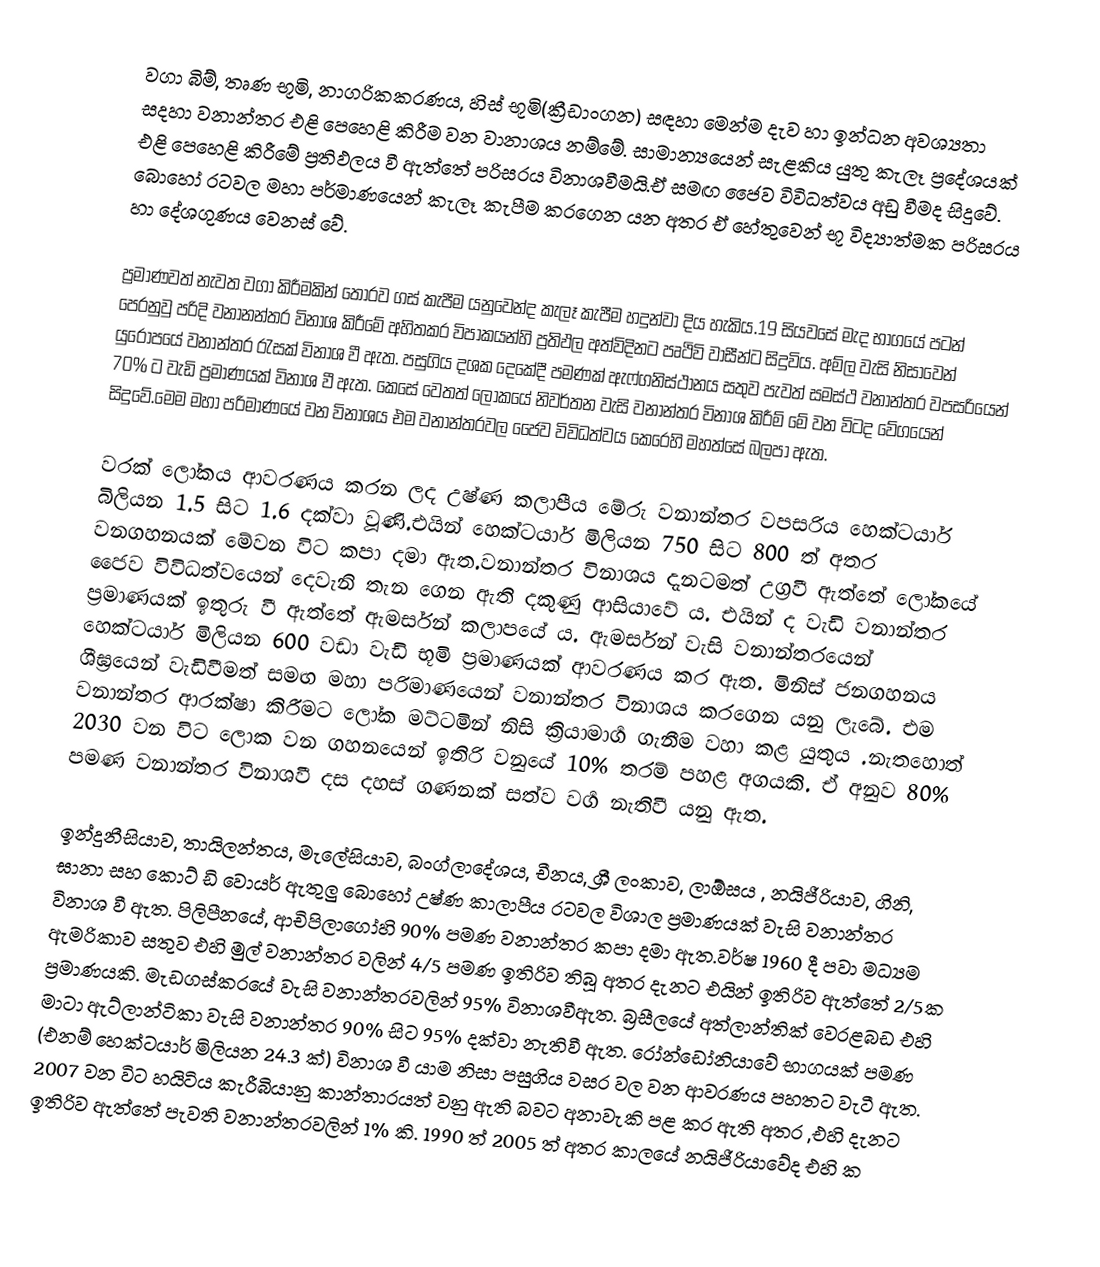
වගා බිම්, තෘණ භූමි, නාගරිකකරණය, හිස් භූමි(ක්‍රීඩාංගන) සඳහා මෙන්ම දැව හා ඉන්ධන අවශ්‍යතා සදහා  වනාන්තර එළි පෙහෙළි කිරීම  වන වානාශය නම්මේ. සාමාන්‍යයෙන් සැළකිය යුතු කැලෑ ප්‍රදේශයක් එළි පෙහෙළි කිරීමේ ප්‍රතිඵලය වී ඇත්තේ පරිසරය විනාශවීමයි.ඒ සමඟ ජෛව විවිධත්වය අඩු වීමද සිදුවේ. බොහෝ රටවල මහා පර්මාණයෙන් කැලෑ කැපීම කරගෙන යන අතර ඒ හේතුවෙන් භූ විද්‍යාත්මක පරිසරය හා දේශගුණය වෙනස් වේ.

ප්‍රමාණවත් නැවත වගා කිරීමකින් තොරව ගස් කැපීම යනුවෙන්ද කැලෑ කැපීම හදුන්වා දිය හැකිය.19 සියවසේ මැද භාගයේ පටන් පෙරනුවු පරිදි වනානන්තර විනාශ කිරීමේ අහිතකර විපාකයන්හි ප්‍රතිඵල අත්විදිනට පෘථිවි වාසීන්ට සිදුවිය.  අම්ල වැසි නිසාවෙන් යුරෝපයේ වනාන්තර රැසක් විනාශ වී ඇත. පසුගිය දශක දෙකේදී පමණක් ඇෆ්ගනිස්ථානය සතුව පැවත් සමස්ථ වනාන්තර වපසරියෙන් 70% ට වැඩි ප්‍රමාණයක් විනාශ වී ඇත. කෙසේ වෙතත් ලෝකයේ නිවර්තන වැසි වනාන්තර විනාශ කිරීම් මේ වන විටද වේගයෙන් සිදුවේ.මෙම මහා පරිමාණයේ වන විනාශය එම වනාන්තරවල ජෛව විවිධත්වය කෙරෙහි මහත්සේ බලපා ඇත.

වරක් ලෝකය ආවරණය කරන ලද උෂ්ණ කලාපීය මේරු වනාන්තර වපසරිය හෙක්ටයාර්  බිලියන 1.5 සිට 1.6 දක්වා වූණි.එයින් හෙක්ටයාර් මිලියන 750 සිට  800 ත් අතර වනගහනයක් මේවන විට කපා දමා ඇත.වනාන්තර විනාශය දැනටමත් උග්‍රවී ඇත්තේ ලෝකයේ ජෛව විවිධත්වයෙන් දෙවැනි තැන ගෙන ඇති දකුණු ආසියාවේ ය. එයින් ද වැඩි වනාන්තර ප්‍රමාණයක් ඉතුරු වී ඇත්තේ ඇමර්සන් කලාපයේ ය. ඇමර්සන්  වැසි වනාන්තරයෙන් හෙක්ටයාර් මිලියන 600 වඩා වැඩි භූමි ප්‍රමාණයක් ආවරණය කර ඇත. මිනිස් ජනගහනය ශීඝ්‍රයෙන් වැඩිවීමත් සමඟ මහා පරිමාණයෙන් වනාන්තර විනාශය කරගෙන යනු ලැබේ. එම වනාන්තර ආරක්ෂා කිරීමට ‍ලෝක මට්ටමින් නිසි  ක්‍රියාමාර්‍ග ගැනීම වහා කළ යුතුය .නැතහොත් 2030 වන විට ලොක වන ගහ‍නයෙන් ඉතිරි වනුයේ 10% තරම් පහළ අගයකි. ඒ අනුව 80% පමණ වනාන්තර විනාශවී දස දහස් ගණනක් සත්ව වර්‍ග නැතිවී යනු ඇත.

ඉන්දුනීසියාව, තායිලන්තය, මැලේසියාව, ‍බංග්ලාදේශය, චීනය, ශ්‍රී ලංකාව, ලාඕසය , නයිජීරියාව, ගිනි, ඝානා  සහ කොට් ඩි වොයර් ඇතුලු බොහෝ උෂ්ණ කාලාපීය රටවල විශාල ප්‍රමාණයක් වැසි වනාන්තර  විනාශ වී ඇත. පිලිපීනයේ, ආචිපිලාගෝහි 90% පමණ වනාන්තර කපා දමා ඇත.වර්ෂ 1960 දී පවා මධ්‍යම ඇමරිකාව සතුව එහි මුල් වනාන්තර වලින් 4/5 පමණ ඉතිරිව තිබූ අතර දැනට එයින් ඉතිරිව ඇත්තේ 2/5ක ප්‍රමාණයකි.  මැඩගස්කරයේ වැසි වනාන්තරවලින් 95% විනාශවීඇත.  බ්‍රසීලයේ අත්ලාන්තික් වෙරළබඩ එහි මාටා ඇට්ලාන්ටිකා වැසි වනාන්තර 90% සිට 95%  දක්වා  නැතිවී ඇත. රෝන්ඩෝනියාවේ භාගයක් පමණ (එනම් හෙක්ටයාර්  මිලියන 24.3 ක්) විනාශ වී යාම නිසා පසුගිය වසර වල වන ආවරණය පහතට වැටී ඇත. 2007 වන විට හයිටිය කැරීබියානු කාන්තාරයත් වනු ඇති බවට අනාවැකි පළ කර ඇති අතර ,එහි දැනට ඉතිරිව ඇත්තේ පැවති වනාන්තරවලින් 1% කි. 1990 ත් 2005 ත් අතර  කාලයේ නයිජීරියාවේද එහි ක